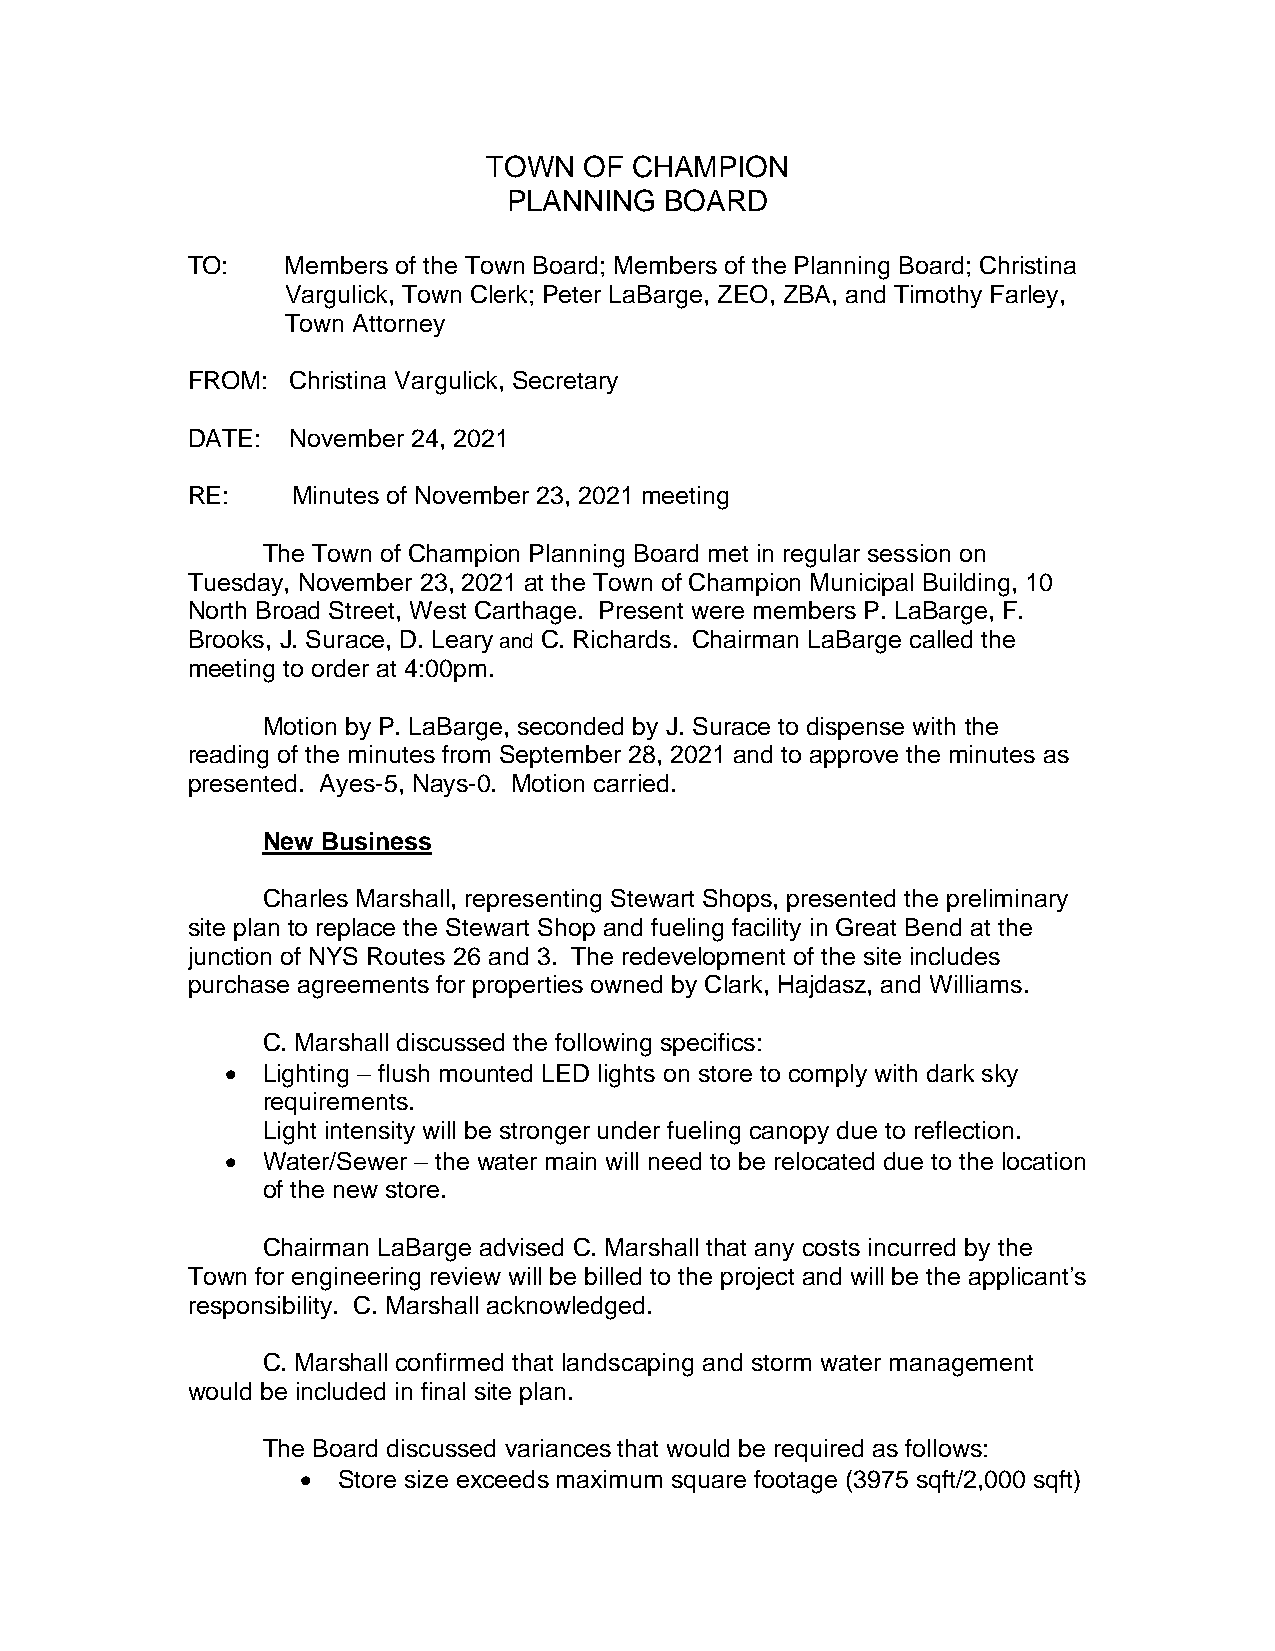
TOWN   OF CHAMPION
 PLANNING  BOARD
 TO:    Members of the Town Board; Members of the Planning Board; Christina
 Vargulick, Town Clerk; Peter LaBarge, ZEO, ZBA, and Timothy Farley,
 Town Attorney
 FROM:  Christina Vargulick, Secretary
 DATE:  November 24, 2021
 RE:    Minutes of November 23, 2021 meeting
 The Town of Champion Planning Board met in regular session on
 Tuesday, November 23, 2021 at the Town of Champion Municipal Building, 10
 North Broad Street, West Carthage. Present were members P. LaBarge, F.
 Brooks, J. Surace, D. Leary and C. Richards. Chairman LaBarge called the
 meeting to order at 4:00pm.
 Motion by P. LaBarge, seconded by J. Surace to dispense with the
 reading of the minutes from September 28, 2021 and to approve the minutes as
 presented. Ayes-5, Nays-0. Motion carried.
 New Business
 Charles Marshall, representing Stewart Shops, presented the preliminary
 site plan to replace the Stewart Shop and fueling facility in Great Bend at the
 junction of NYS Routes 26 and 3. The redevelopment of the site includes
 purchase agreements for properties owned by Clark, Hajdasz, and Williams.
 C. Marshall discussed the following specifics:
 • Lighting – flush mounted LED lights on store to comply with dark sky
 requirements.
 Light intensity will be stronger under fueling canopy due to reflection.
 • Water/Sewer – the water main will need to be relocated due to the location
 of the new store.
 Chairman LaBarge advised C. Marshall that any costs incurred by the
 Town for engineering review will be billed to the project and will be the applicant’s
 responsibility. C. Marshall acknowledged.
 C. Marshall confirmed that landscaping and storm water management
 would be included in final site plan.
 The Board discussed variances that would be required as follows:
 • Store size exceeds maximum square footage (3975 sqft/2,000 sqft)